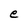
Character: e